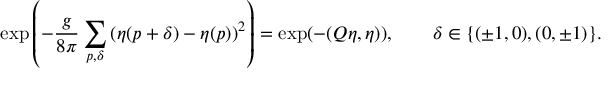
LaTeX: \exp \left( - \frac { g } { 8 \pi } \sum _ { p , \delta } \left( \eta ( p + \delta ) - \eta ( p ) \right) ^ { 2 } \right) = \exp ( - ( Q \eta , \eta ) ) , \qquad \delta \in \{ ( \pm 1 , 0 ) , ( 0 , \pm 1 ) \} .